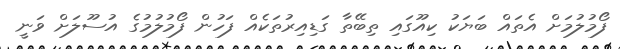
ފޯމުލުމަށް އެތައް ބަޔަކު ކިއޫގައި ތިބޭތާ ގަޑިއިރުތަކެއް ފަހުން ފޯމުލުމުގެ އުސޫލަށް ވަނީ